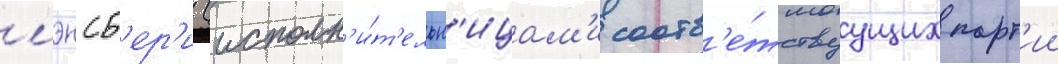
лэнсб'ер'и (исполн'и́т'ельн'ицам'и соотв'е́тствуущих парт'ии